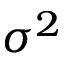
\sigma ^ { 2 }